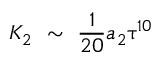
K _ { 2 } \ \sim \ \frac { 1 } { 2 0 } a _ { 2 } \uptau ^ { 1 0 }